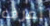
أعرف